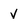
Character: v